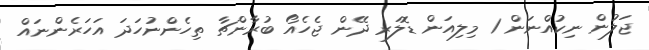
ޖަލުން ނިކުއްނަން 1 މިލިއަން ޑޮލަރ ދޭން ޖެހެއޯ ބުރާންޗާ ތިހެންނުހަދަ އަހަރެންނައް